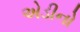
એડીનો